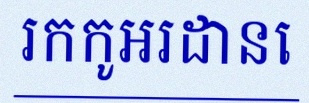
រកកូអរដោនេ